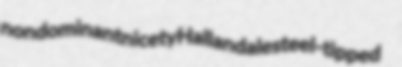
nondominant nicety Hallandale steel-tipped